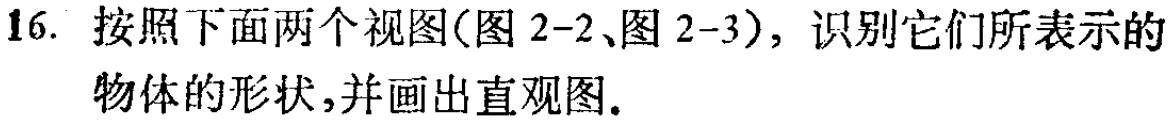
16. 按照下面两个视图(图 2-2、图 2-3)，识别它们所表示的物体的形状,并画出直观图.